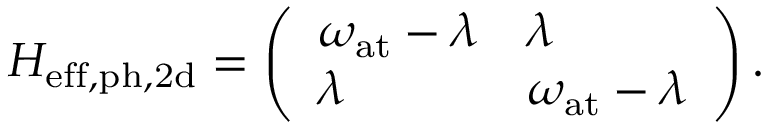
H _ { \mathrm { e f f , p h , 2 d } } = \left( \begin{array} { l l } { \omega _ { \mathrm { a t } } - \lambda } & { \lambda } \\ { \lambda } & { \omega _ { \mathrm { a t } } - \lambda } \end{array} \right) .